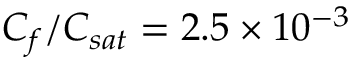
C _ { f } / C _ { s a t } = 2 . 5 \times 1 0 ^ { - 3 }